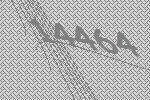
14464